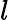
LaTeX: l